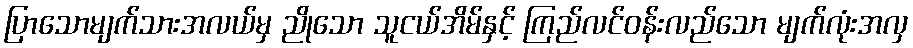
ပြာသောမျက်သားအလယ်မှ ညိုသော သူငယ်အိမ်နှင့် ကြည်လင်ဝန်းလည်သော မျက်လုံးအလှ